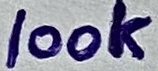
Text: 100K